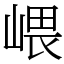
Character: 㟪